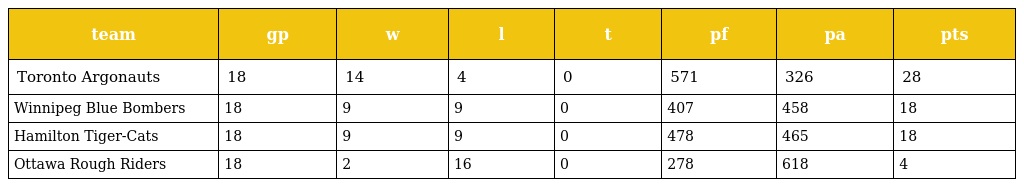
| team | gp | w | l | t | pf | pa | pts |
 | --- | --- | --- | --- | --- | --- | --- | --- |
 | Toronto Argonauts | 18 | 14 | 4 | 0 | 571 | 326 | 28 |
 | Winnipeg Blue Bombers | 18 | 9 | 9 | 0 | 407 | 458 | 18 |
 | Hamilton Tiger-Cats | 18 | 9 | 9 | 0 | 478 | 465 | 18 |
 | Ottawa Rough Riders | 18 | 2 | 16 | 0 | 278 | 618 | 4 |